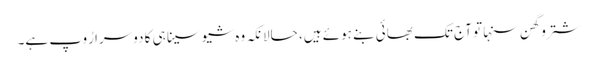
شتروگھن سنہا تو آج تک بھائی بنے ہوئے ہیں، حالانکہ وہ شیوسینا ہی کا دوسرا رُوپ ہے۔